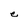
Character: e